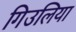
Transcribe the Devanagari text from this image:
गिउलिया